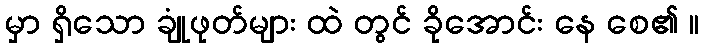
မှာ ရှိသော ချုံဖုတ်များ ထဲ တွင် ခိုအောင်း နေ စေ၏ ။